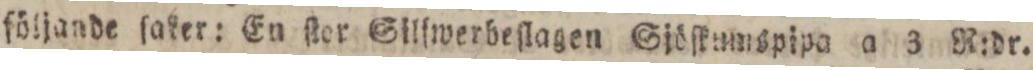
följande ſaker: En ſter Silfwerbeſlagen Sjöſkumspipa a 3 R:dr.